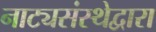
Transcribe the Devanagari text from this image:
नाट्यसंस्थेद्वारा